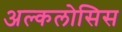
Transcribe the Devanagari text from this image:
अल्कलोसिस